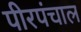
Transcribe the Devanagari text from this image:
पीरपंचाल